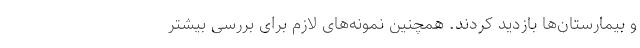
و بیمارستان‌ها بازدید کردند. همچنین نمونه‌های لازم برای بررسی بیشتر